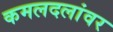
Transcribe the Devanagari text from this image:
कमलदलांवर